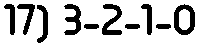
17) 3-2-1-0